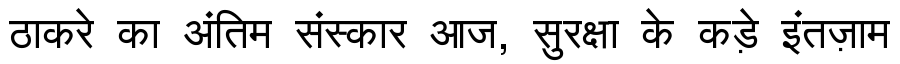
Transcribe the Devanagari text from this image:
ठाकरे का अंतिम संस्कार आज, सुरक्षा के कड़े इंतज़ाम